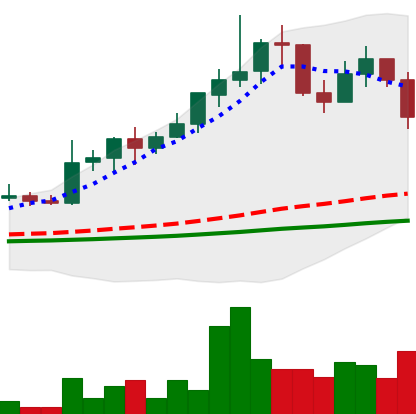
Ticker: LINK-USD
Chart end date: 2019-05-30
Forward return: -13.808%
Label: down_7plus